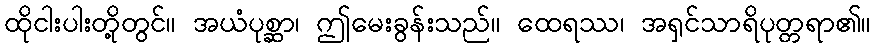
ထိုငါးပါးတို့တွင်။ အယံပုစ္ဆာ၊ ဤမေးခွန်းသည်။ ထေရဿ၊ အရှင်သာရိပုတ္တရာ၏။